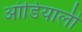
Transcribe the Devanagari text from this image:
आंडियाली